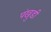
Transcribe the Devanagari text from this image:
पंखुडी